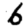
Digit: 6